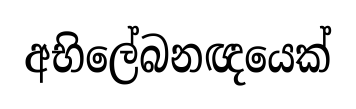
අභිලේබනඥයෙක්